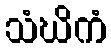
သံဃိကံ